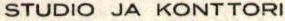
STUDIO JA KONTTORI